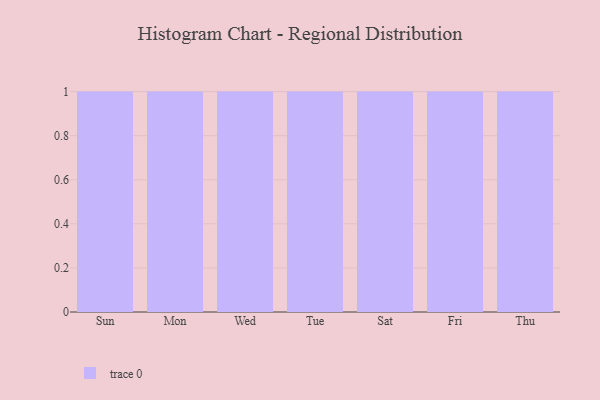
{"axis": {"x": "Day", "y": "Active Users"}, "legend": [""], "data": [{"x": "Sun", "y": 38, "type": ""}, {"x": "Mon", "y": 23, "type": ""}, {"x": "Wed", "y": 32, "type": ""}, {"x": "Tue", "y": 18, "type": ""}, {"x": "Sat", "y": 57, "type": ""}, {"x": "Fri", "y": 79, "type": ""}, {"x": "Thu", "y": 98, "type": ""}]}